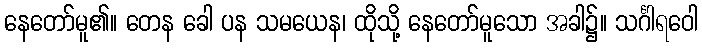
နေတော်မူ၏။ တေန ခေါ ပန သမယေန၊ ထိုသို့ နေတော်မူသော အခါ၌။ သင်္ဂါရဝေါ